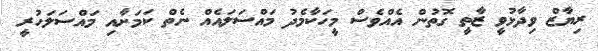
ރިޔާޒް ވިދާޅުވީ ޒާތީ ގޮތުން އެއްވެސް މީހަކާމެދު މައްސަލައެއް ނެތް ކަމަށާއި މައްސަލަހުރީ